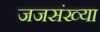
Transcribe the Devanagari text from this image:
जजसंख्या